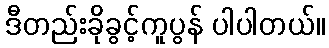
ဒီတည်းခိုခွင့်ကူပွန် ပါပါတယ်။